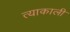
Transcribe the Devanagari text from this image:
त्याकाली